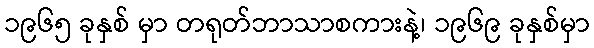
၁၉၆၅ ခုနှစ် မှာ တရုတ်ဘာသာစကားနဲ့၊ ၁၉၆၉ ခုနှစ်မှာ